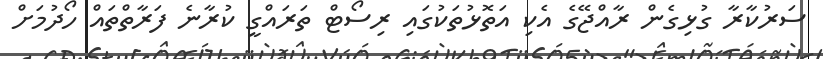
ސަރުކާރާ ގުޅިގެން ރާއްޖޭގެ އެކި އަތޮޅުތަކުގައި ރިސޯޓް ތަރައްގީ ކުރާނެ ފަރާތްތައް ހޯދުމަށް